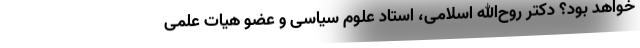
خواهد بود؟ دکتر روح‌الله اسلامی، استاد علوم سیاسی و عضو هیات علمی